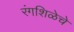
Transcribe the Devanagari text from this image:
रंगशिळेचे